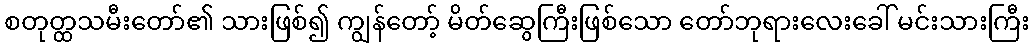
စတုတ္ထသမီးတော်၏ သားဖြစ်၍ ကျွန်တော့် မိတ်ဆွေကြီးဖြစ်သော တော်ဘုရားလေးခေါ် မင်းသားကြီး